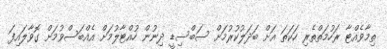
ތިމާވެއްޓާ ރަހުމަތްތެރި ހަކަތަ އަށް ބަދަލުކުރުމަށް ސަބްސިޑީ ދިނުން ހުއްޓާލުމަށް އެއްބަސްވުމަށް ގޮވާލައިފަ